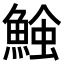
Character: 𩸈